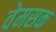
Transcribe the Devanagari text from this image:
वेमसक